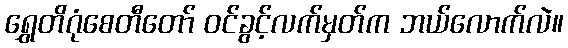
ရွှေတိဂုံစေတီတော် ဝင်ခွင့်လက်မှတ်က ဘယ်လောက်လဲ။